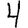
Digit: 4